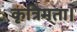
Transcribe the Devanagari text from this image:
कृत्रिमता।